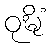
ဝုဍ္ဎိံ